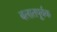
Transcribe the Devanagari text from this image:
बलातपूर्वक